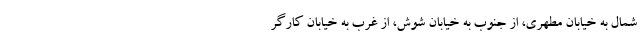
شمال به خیابان مطهری، از جنوب به خیابان شوش، از غرب به خیابان کارگر